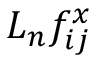
L _ { n } f _ { i j } ^ { x }